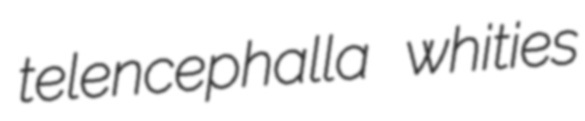
telencephalla whities